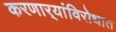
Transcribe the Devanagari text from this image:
करणार्‍यांविरोधात